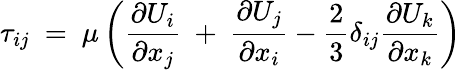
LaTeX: {{\tau}_{ij}}\mathrm{~=~}\mu\left(\frac{\partial{{U}_{i}}}{\partial{{x}_{j}}}\mathrm{~+~}\frac{\partial{{U}_{j}}}{\partial{{x}_{i}}}-\frac{2}{3}{{\delta}_{ij}}\frac{\partial{{U}_{k}}}{\partial{{x}_{k}}}\right)